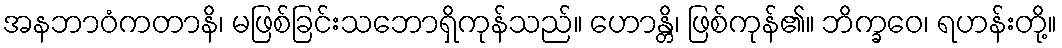
အနဘာဝံကတာနိ၊ မဖြစ်ခြင်းသဘောရှိကုန်သည်။ ဟောန္တိ၊ ဖြစ်ကုန်၏။ ဘိက္ခဝေ၊ ရဟန်းတို့။